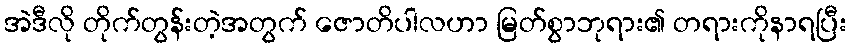
အဲဒီလို တိုက်တွန်းတဲ့အတွက် ဇောတိပါလဟာ မြတ်စွာဘုရား၏ တရားကိုနာရပြီး